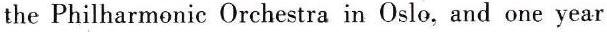
the Philharmonic Orchestra in Oslo, and one year